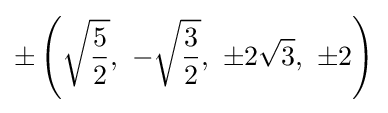
\pm \left({\sqrt {\frac {5}{2}}},\ -{\sqrt {\frac {3}{2}}},\ \pm 2{\sqrt {3}},\ \pm 2\right)